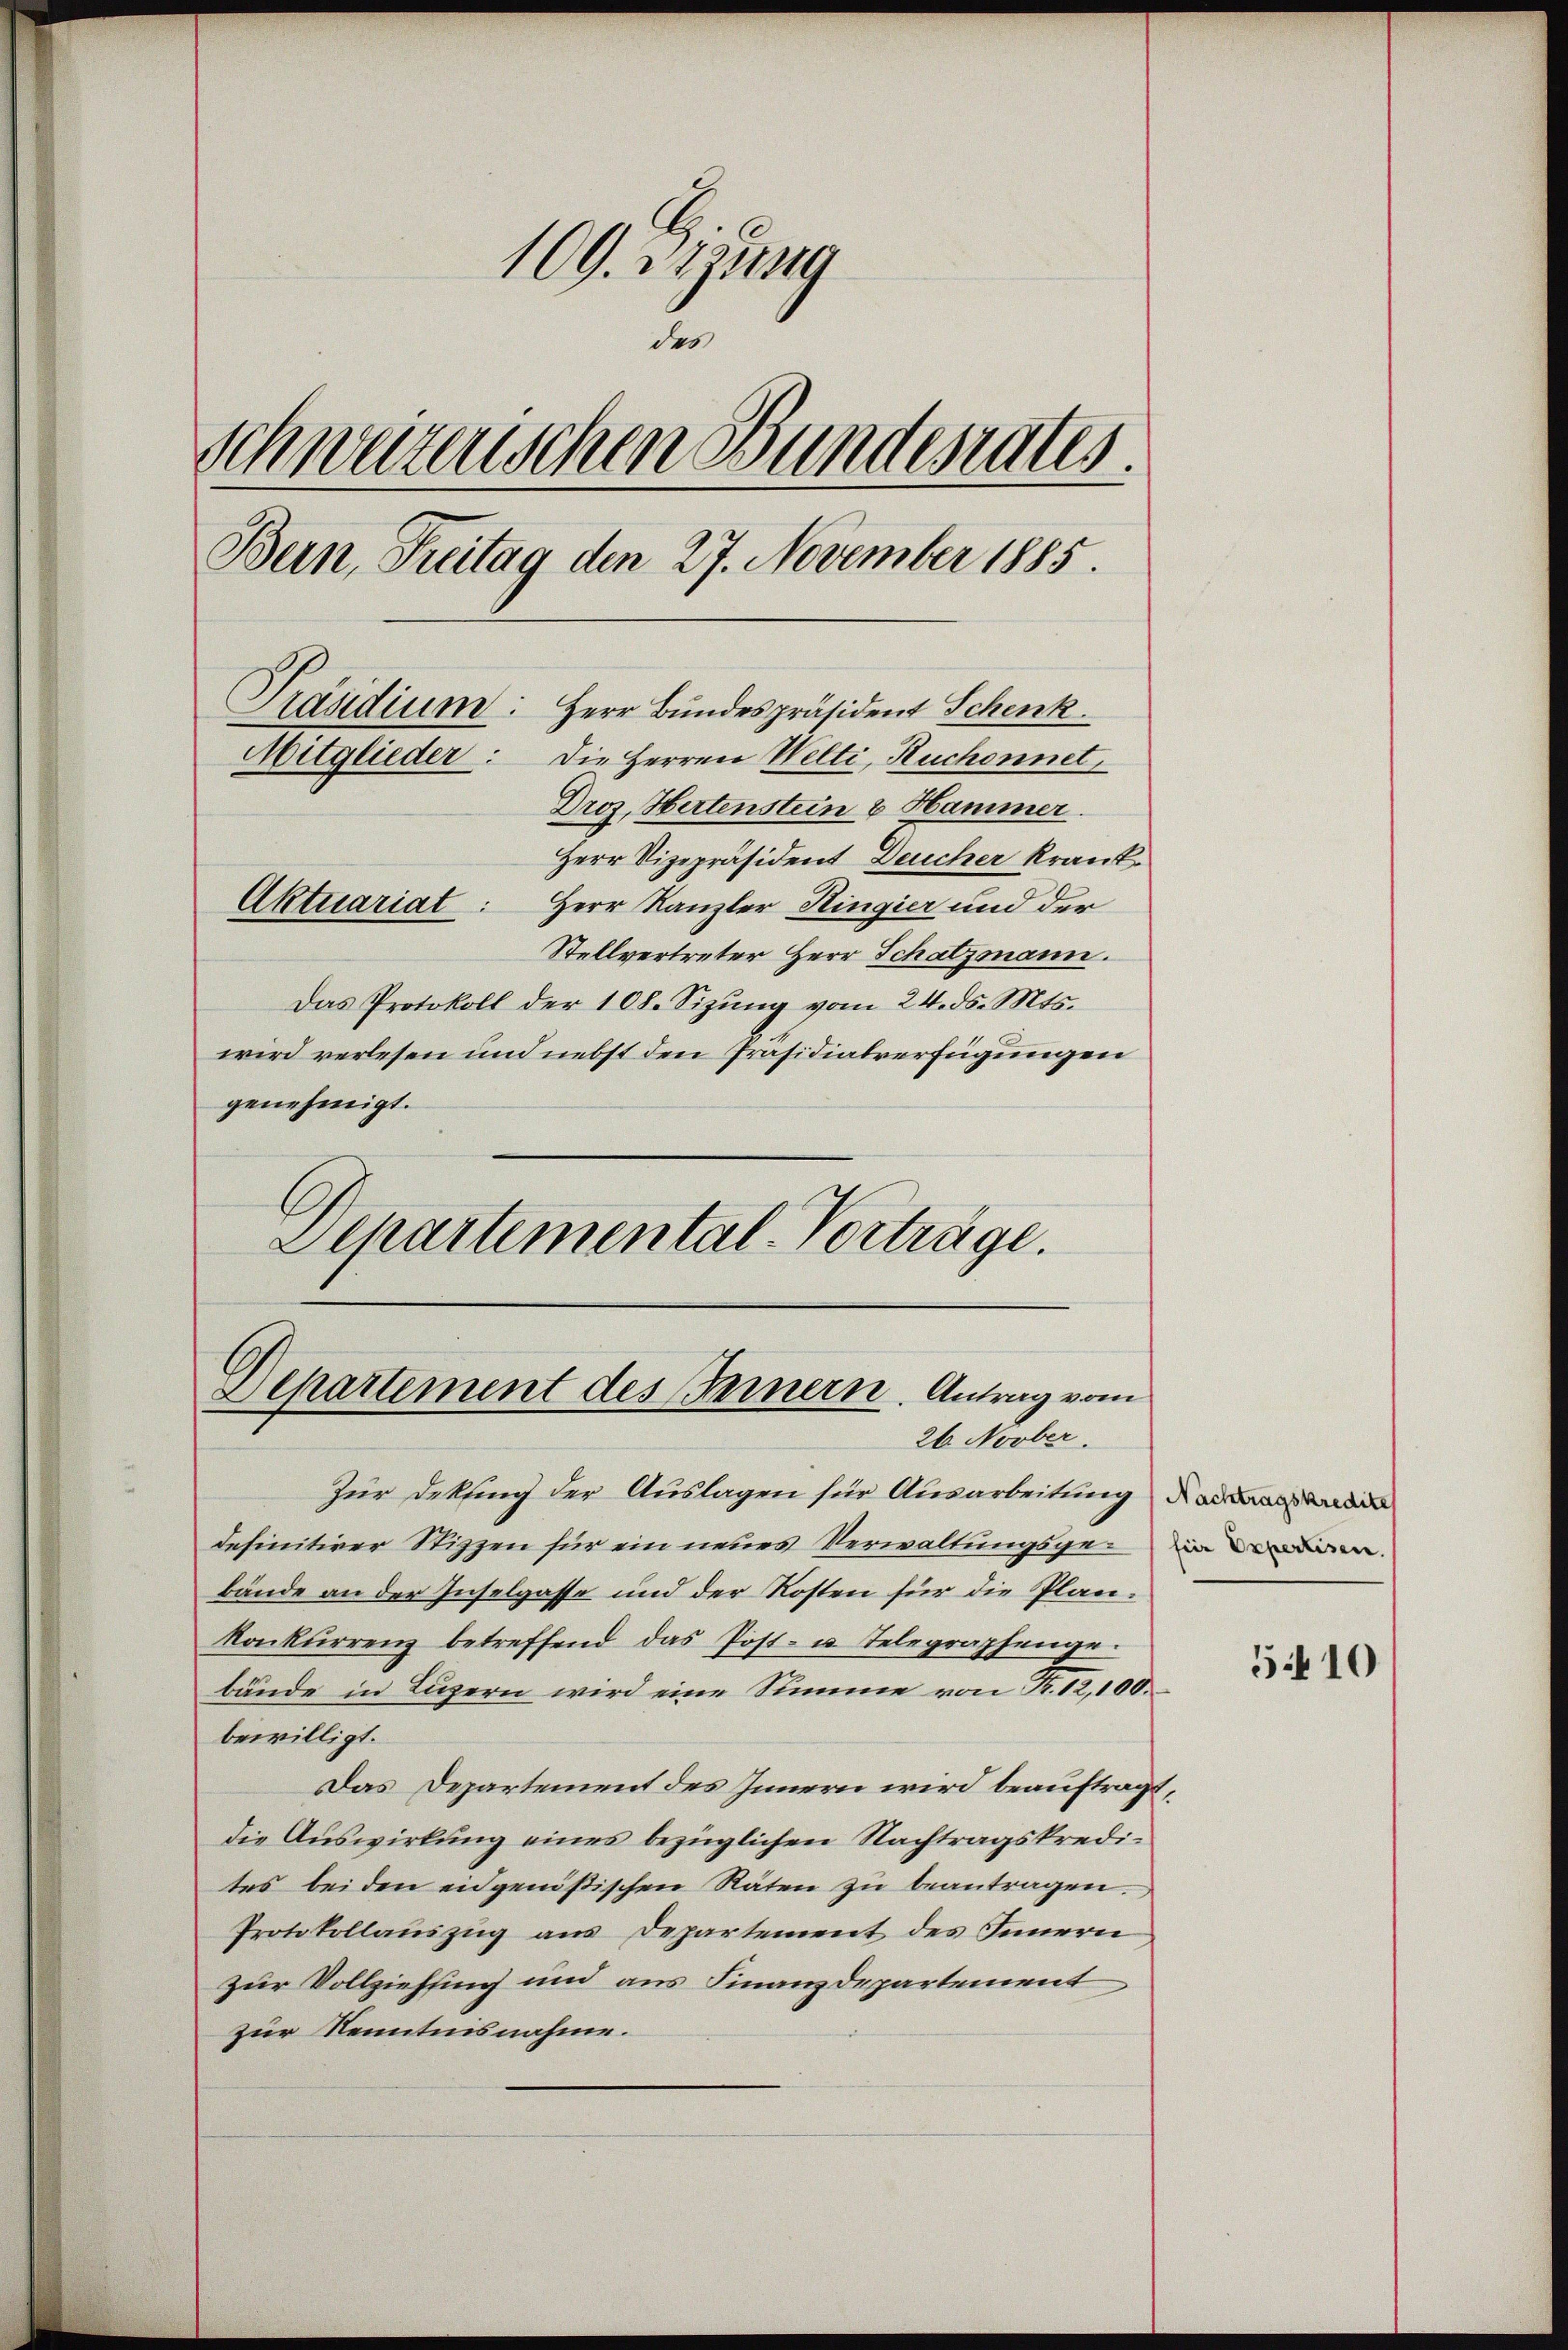
109. Zizung
des
schweizerischen Bundesrates.
Bern, Freitag den 27. November 1885.
Präsidium: Herr Bundespräsident Schenk
Mitglieder: Die Herren Welti, Ruchonnet,
Droz. Hertenstein & Hammer.
Herr Vizepräsident Deucher krank
Aktuariat: Herr Kanzler Hingier und der
Stellvertreter Herr Schatzmann.

Das Protokoll der 108. Sizung vom 24. ds. Mts.
wird verlesen und nebst den Präsidialverfügungen
genehmigt.
Departemental-Vorträge.

Departement des Fernern. Antrag vom
26 Novber.

Zur Deklung der Auslagen für Ausarbeitung daran de
definitiver Stizzen für ein neues Verwaltungsgerin den
bände an der Inselgasse und der Kosten für die Plankonkurrenz betreffend das Post- u. Telegraphenge.
bände in Luzern wird eine Summe von Fr. 12,100.
bewilligt.
Das Departement des Innern wird beauftragt,
die Auswirkung eines bezüglichen Nachtragskredi-
tes bei den eidgenößischen Räten zu beantragen.
Protokollauszug aus Departement des Innern
zur Vollziehung und aus Finanzdepartement
zur Kenntnisnahme.

5410